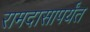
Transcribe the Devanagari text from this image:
रामदासापर्यंत